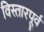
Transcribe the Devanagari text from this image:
विस्तारपूर्व